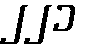
၂၂၁